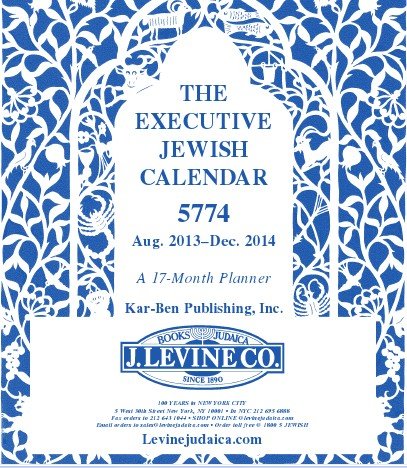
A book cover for The Executive J Levine Jewish Calendar 5774 August 2013-December 2014 - A 17 Month Planner- Shipping NOW- this year in BLUE & WHITE! !; Karben/Lerner; Calendars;